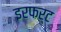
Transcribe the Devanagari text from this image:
इरफर्ट